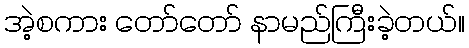
အဲ့စကား တော်တော် နာမည်ကြီးခဲ့တယ်။